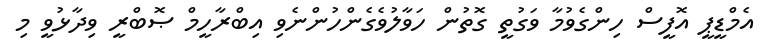
އެމްޑީޕީ އޮފީސް ހިންގެވުމާ ވަގުތީ ގޮތުން ހަވާލުވެގެންހުންނެވި އިބްރާހީމް ޞޮބްރީ ވިދާޅުވީ މި